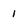
Character: I